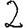
Digit: 2